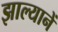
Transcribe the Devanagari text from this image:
झाल्यानें